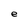
Character: e